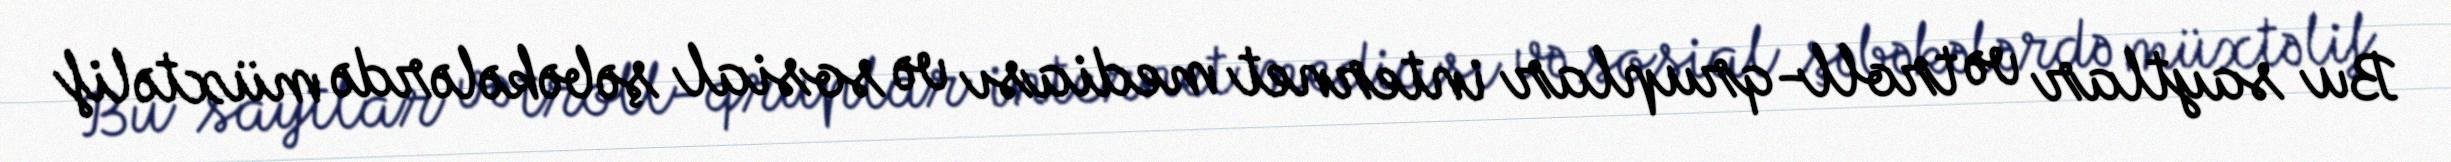
Bu saytlar və troll-qruplar internet mediası və sosial şəbəkələrdə müxtəlif